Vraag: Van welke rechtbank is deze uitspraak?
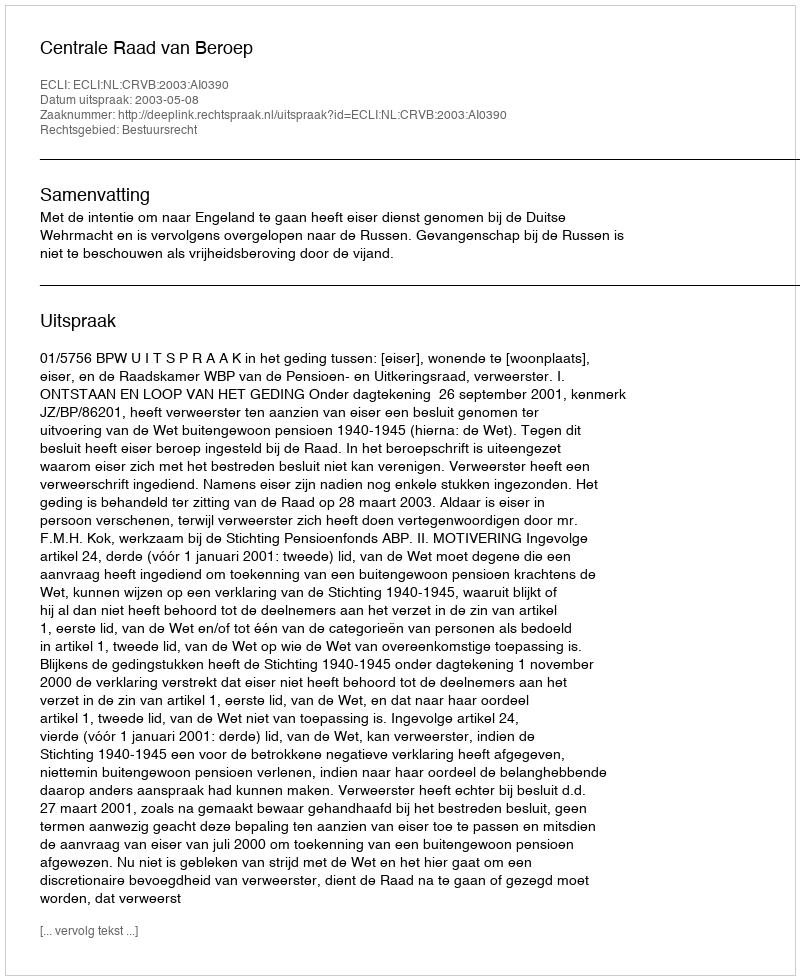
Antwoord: Centrale Raad van Beroep